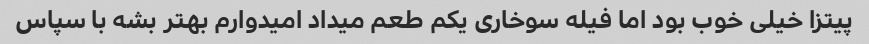
پیتزا خیلی خوب بود اما فیله سوخاری یکم طعم میداد امیدوارم بهتر بشه با سپاس